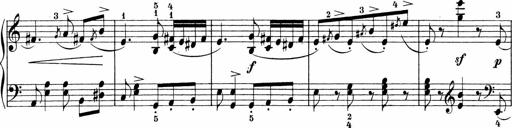
Title: Sonatinen Op.47, 98 und 136, nebst 6 Liedersonatinen
Composer: Carl Reinecke